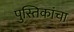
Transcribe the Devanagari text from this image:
पुस्तिकांचा